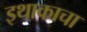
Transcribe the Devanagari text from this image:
इथाकाचा